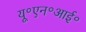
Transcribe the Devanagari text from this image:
यू॰एन॰आई॰